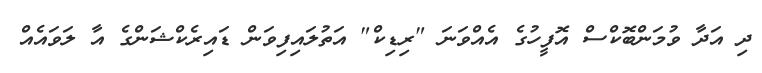
ދި އަދާ ވުމަންބޮކްސް އޮފީހުގެ އެއްވަނަ "ރިޑިކް" އަތުލައިފިވަން ޑައިރެކްޝަންގެ އާ ލަވައެއް